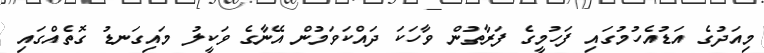
މިއަދުގެ އަޑުއެހުމުގައި ފަހުމީގެ ފަރާތުން ވާހަކަ ދައްކަވަމުން އޭނާގެ ވަކީލު މައިގަނޑު ގޮތެއްގައި